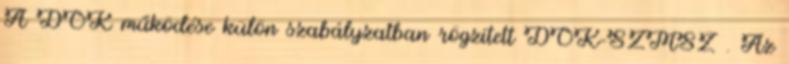
A DÖK működése külön szabályzatban rögzített DÖK-SZMSZ . Az